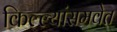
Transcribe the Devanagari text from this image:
किल्ल्यांसमवेत